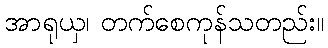
အာရုယှ၊ တက်စေကုန်သတည်း။